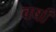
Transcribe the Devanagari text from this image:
वर्षाँ